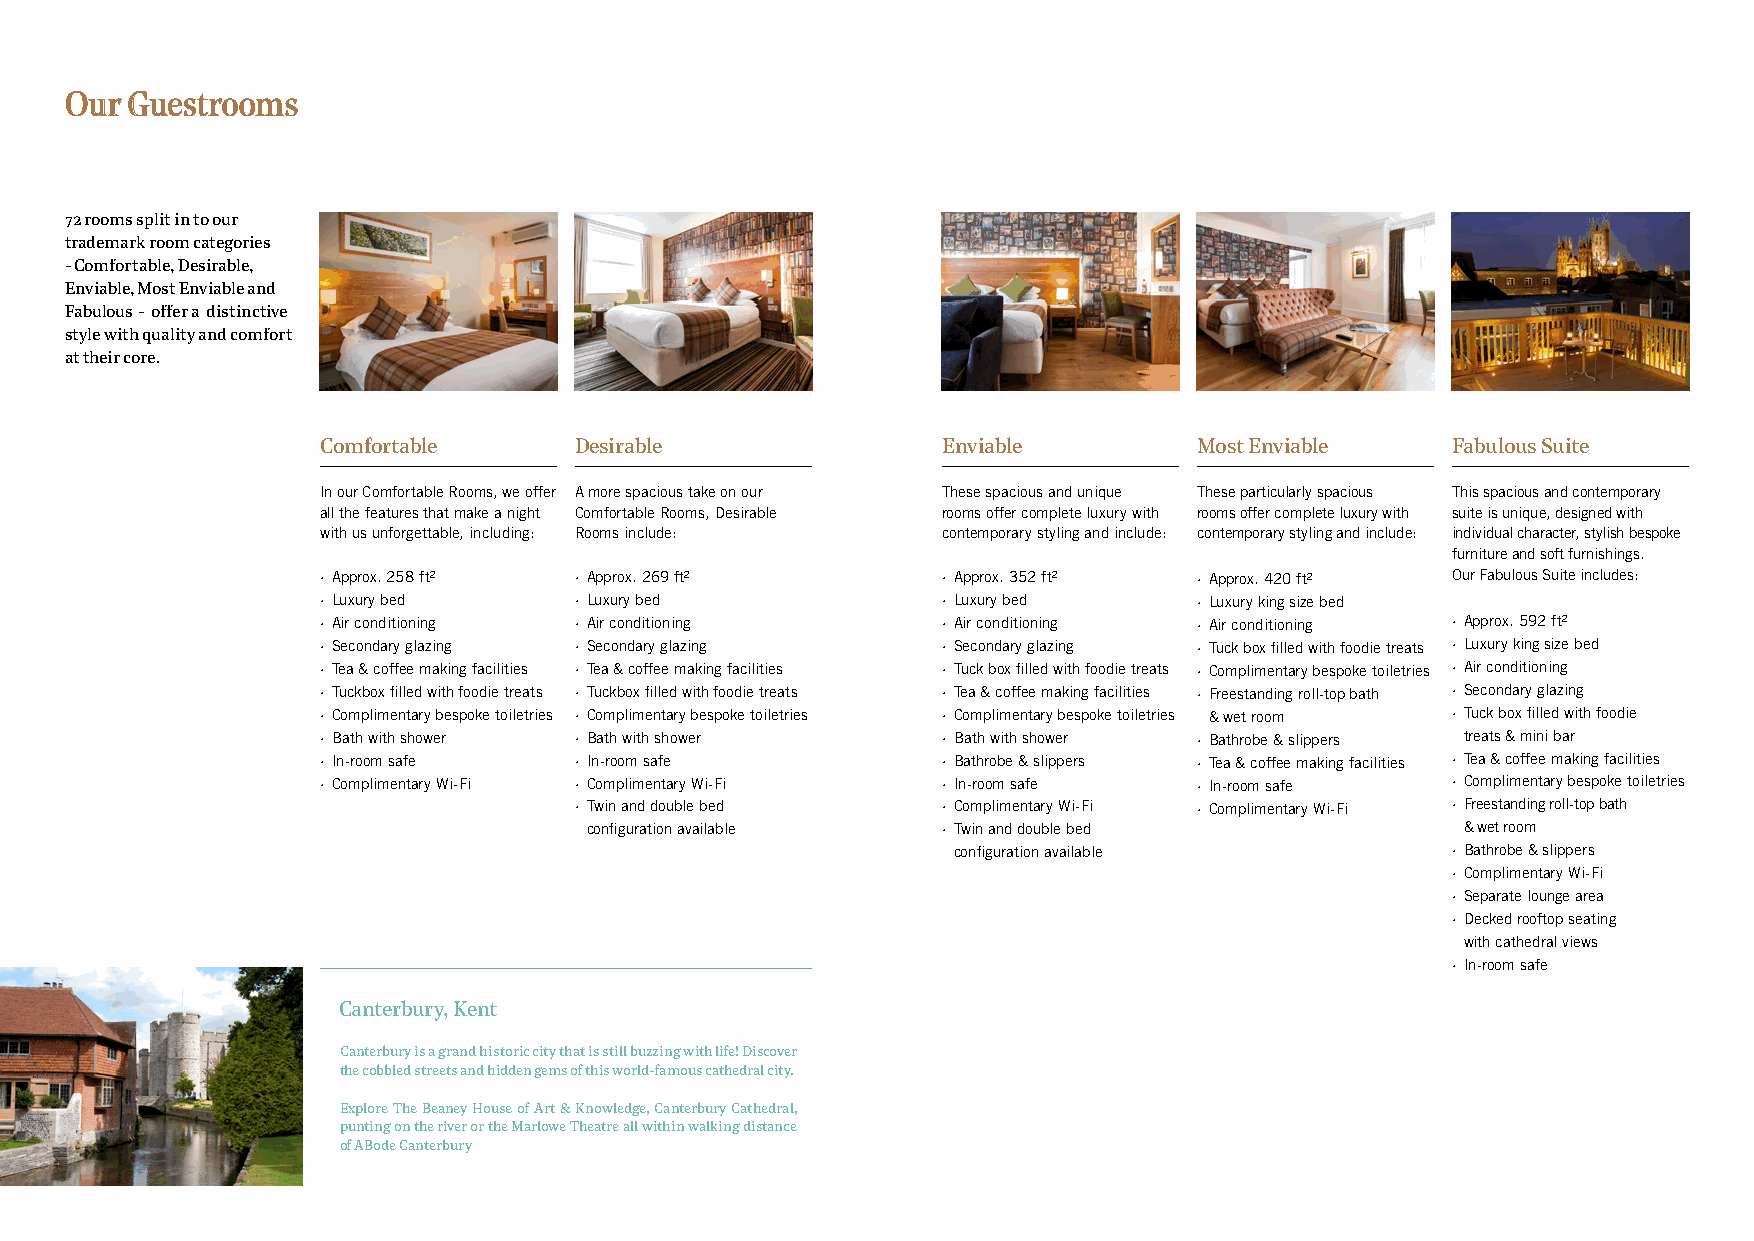
Our Guestrooms
 72 rooms split in to our
 trademark room categories
 - Comfortable, Desirable,
 Enviable, Most Enviable and
 Fabulous - offer a distinctive
 style with quality and comfort
 at their core.
 Comfortable      Desirable               Enviable         Most Enviable    Fabulous Suite
 In our Comfortable Rooms, we offer A more spacious take on our These spacious and unique These particularly spacious This spacious and contemporary
 all the features that make a night Comfortable Rooms, Desirable rooms offer complete luxury with rooms offer complete luxury with suite is unique, designed with
 with us unforgettable, including: Rooms include: contemporary styling and include: contemporary styling and include: individual character, stylish bespoke
 furniture and soft furnishings.
 · Approx. 258 ft² · Approx. 269 ft²      · Approx. 352 ft² · Approx. 420 ft² Our Fabulous Suite includes:
 · Luxury bed     · Luxury bed            · Luxury bed     · Luxury king size bed
 · Air conditioning · Air conditioning    · Air conditioning · Air conditioning · Approx. 592 ft²
 · Secondary glazing · Secondary glazing  · Secondary glazing · Tuck box filled with foodie treats · Luxury king size bed
 · Tea & coffee making facilities · Tea & coffee making facilities · Tuck box filled with foodie treats · Complimentary bespoke toiletries · Air conditioning
 · Tuckbox filled with foodie treats · Tuckbox filled with foodie treats · Tea & coffee making facilities · Freestanding roll-top bath · Secondary glazing
 · Complimentary bespoke toiletries · Complimentary bespoke toiletries · Complimentary bespoke toiletries & wet room · Tuck box filled with foodie
 · Bath with shower · Bath with shower    · Bath with shower · Bathrobe & slippers treats & mini bar
 · In-room safe   · In-room safe          · Bathrobe & slippers · Tea & coffee making facilities · Tea & coffee making facilities
 · Complimentary Wi-Fi · Complimentary Wi-Fi · In-room safe · In-room safe  · Complimentary bespoke toiletries
 · Twin and double bed   · Complimentary Wi-Fi · Complimentary Wi-Fi · Freestanding roll-top bath
 configuration available · Twin and double bed             & wet room
 configuration available          · Bathrobe & slippers
 · Complimentary Wi-Fi
 · Separate lounge area
 · Decked rooftop seating
 with cathedral views
 · In-room safe
 Canterbury, Kent
 Canterbury is a grand historic city that is still buzzing with life! Discover
 the cobbled streets and hidden gems of this world-famous cathedral city.
 Explore The Beaney House of Art & Knowledge, Canterbury Cathedral,
 punting on the river or the Marlowe Theatre all within walking distance
 of ABode Canterbury